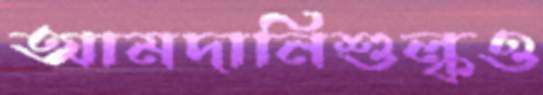
আমদানিশুল্কও